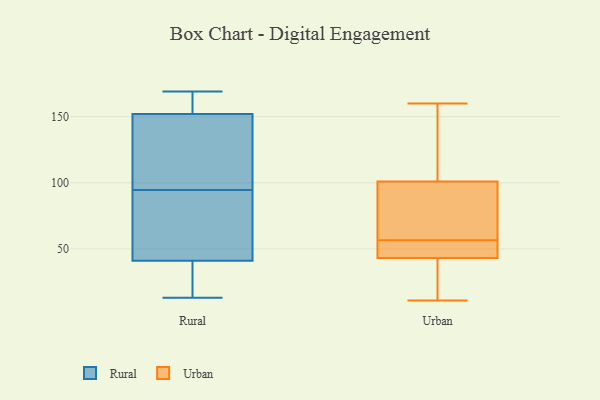
{"axis": {"x": "Customer Acquisition Cost (USD)", "y": "Value"}, "legend": ["Rural", "Urban"], "data": [{"x": "", "y": 13, "type": "Rural"}, {"x": "", "y": 169, "type": "Rural"}, {"x": "", "y": 48, "type": "Rural"}, {"x": "", "y": 153, "type": "Rural"}, {"x": "", "y": 83, "type": "Rural"}, {"x": "", "y": 146, "type": "Rural"}, {"x": "", "y": 161, "type": "Rural"}, {"x": "", "y": 25, "type": "Rural"}, {"x": "", "y": 34, "type": "Rural"}, {"x": "", "y": 151, "type": "Rural"}, {"x": "", "y": 86, "type": "Rural"}, {"x": "", "y": 103, "type": "Rural"}, {"x": "", "y": 58, "type": "Urban"}, {"x": "", "y": 43, "type": "Urban"}, {"x": "", "y": 36, "type": "Urban"}, {"x": "", "y": 101, "type": "Urban"}, {"x": "", "y": 88, "type": "Urban"}, {"x": "", "y": 160, "type": "Urban"}, {"x": "", "y": 79, "type": "Urban"}, {"x": "", "y": 55, "type": "Urban"}, {"x": "", "y": 11, "type": "Urban"}, {"x": "", "y": 53, "type": "Urban"}, {"x": "", "y": 120, "type": "Urban"}, {"x": "", "y": 150, "type": "Urban"}, {"x": "", "y": 49, "type": "Urban"}, {"x": "", "y": 19, "type": "Urban"}]}